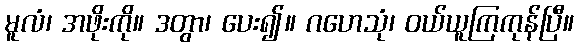
မူလံ၊ အဖိုးကို။ ဒတွာ၊ ပေး၍။ ဂဟေသုံ၊ ဝယ်ယူကြကုန်ပြီ။